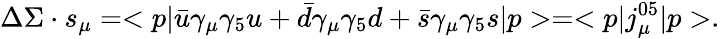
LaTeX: \Delta\Sigma\cdot s_{\mu}=<p|\bar{u}\gamma_{\mu}\gamma_{5}u+\bar{d}\gamma_{\mu}\gamma_{5}d+\bar{s}\gamma_{\mu}\gamma_{5}s|p>=<p|j_{\mu}^{05}|p>.